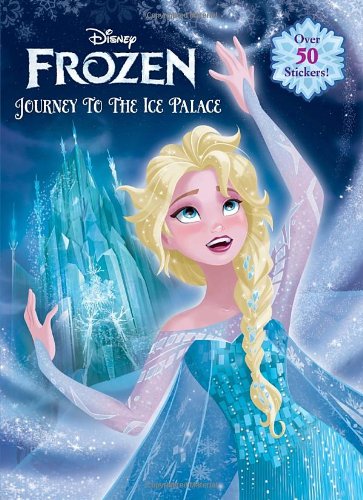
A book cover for Journey to the Ice Palace (Disney Frozen) (Jumbo Coloring Book); RH Disney; Children's Books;